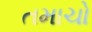
તમાચો